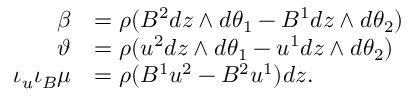
\begin{array} { r l } { \beta } & { = \rho ( B ^ { 2 } d z \wedge d \theta _ { 1 } - B ^ { 1 } d z \wedge d \theta _ { 2 } ) } \\ { \vartheta } & { = \rho ( u ^ { 2 } d z \wedge d \theta _ { 1 } - u ^ { 1 } d z \wedge d \theta _ { 2 } ) } \\ { \iota _ { u } \iota _ { B } \mu } & { = \rho ( B ^ { 1 } u ^ { 2 } - B ^ { 2 } u ^ { 1 } ) d z . } \end{array}